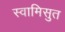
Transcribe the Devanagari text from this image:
स्वामिसुत